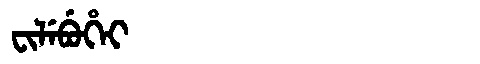
Manchu: ᠸᡳᠯᡝᠪᡠᡥᡝᡳ
Romanization: FILEBUHEI